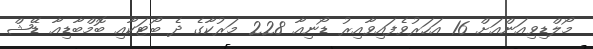
މޯލްޑިވިއަންއަށް 16 އަހަރުވެފައިވާއިރު ޑޯނިއާ 228 މަރުކާގެ ދެ ބޯޓަކާއި ބޮމްބާޑިއާ ޑޭޝް